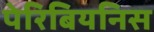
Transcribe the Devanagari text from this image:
पेरिबियनिस